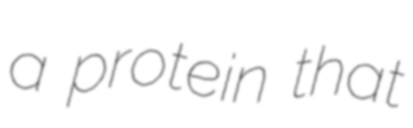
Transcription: a protein that